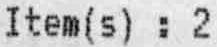
ITEM(S) : 2